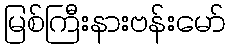
မြစ်ကြီးနားဗန်းမော်